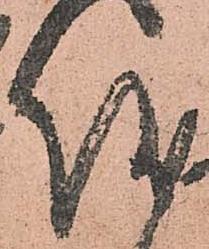
儀